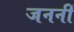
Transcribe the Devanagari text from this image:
जननीं